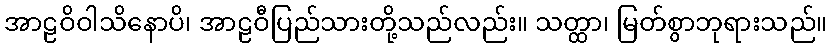
အာဠဝိဝါသိနောပိ၊ အာဠဝီပြည်သားတို့သည်လည်း။ သတ္ထာ၊ မြတ်စွာဘုရားသည်။